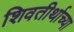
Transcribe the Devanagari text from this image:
शिवतीर्थाच्या